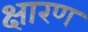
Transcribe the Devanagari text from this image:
क्षारण